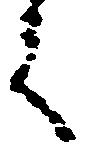
言